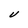
Character: V